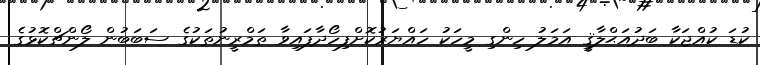
ކުޑަ ކުއްޖަކާ ބަދުއަޙްލާޤީ އަމަލު ހިންގި މީހަކު ހައްޔަރުކޮށްފިހޯދާފައިވާ ތަމްރީނުތަކުގެ ސަބަބުން ލޯންޗްކޮޅުގެ